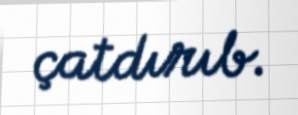
çatdırıb.